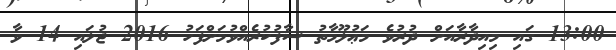
13:00 ގައި މިއިދާރާއަށް ދުރުވެ މަޢުލޫމާތު ސާފުކުރެއްވުމަށްފަހު 2016 ޖުލައި 14 ވާ